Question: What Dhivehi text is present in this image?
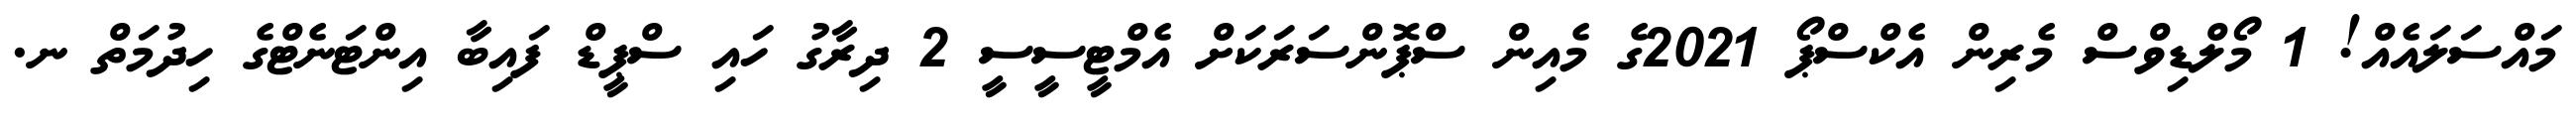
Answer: މައްސަލައެއް! 1 މޯލްޑިވްސް މެރިން އެކްސްޕޯ 2021ގެ މެއިން ސްޕޮންސަރަކަށް އެމްޓީސީސީ 2 ދިރާގު ހައި ސްޕީޑް ފައިބާ އިންޓަނެޓްގެ ހިދުމަތް ނ.